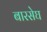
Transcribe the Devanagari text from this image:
बारसेघ